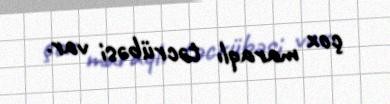
çox maraqlı təcrübəsi var.